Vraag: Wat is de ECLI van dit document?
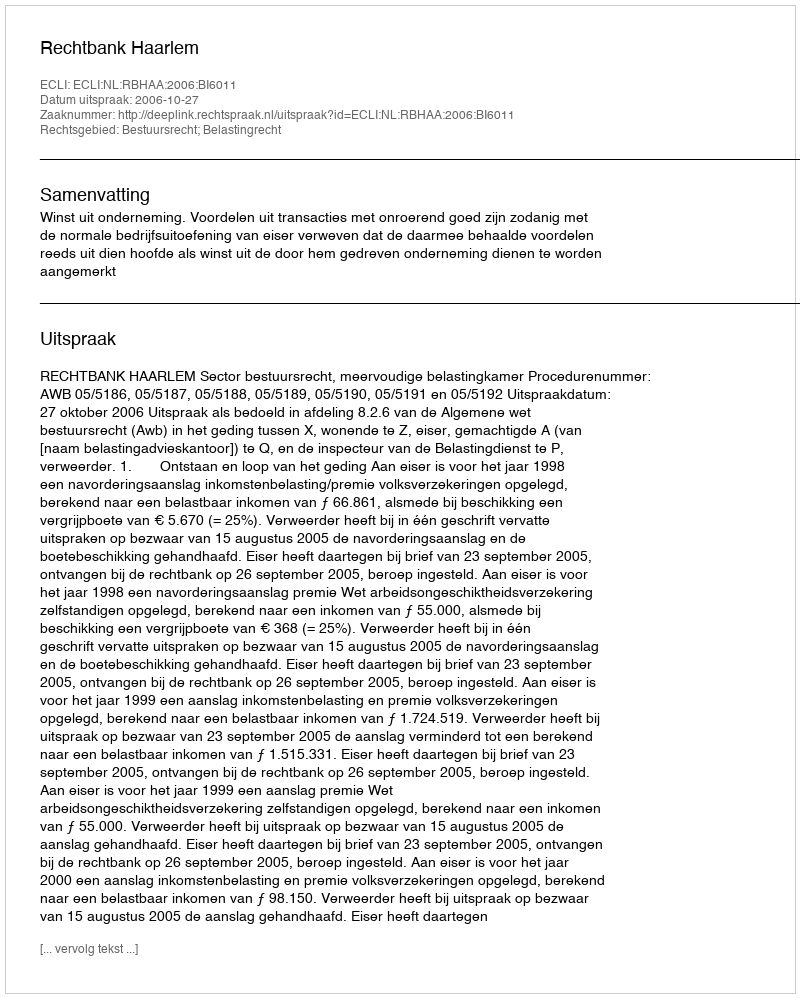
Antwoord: ECLI:NL:RBHAA:2006:BI6011